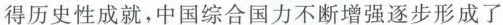
得历史性成就，中国综合国力不断增强逐步形成了